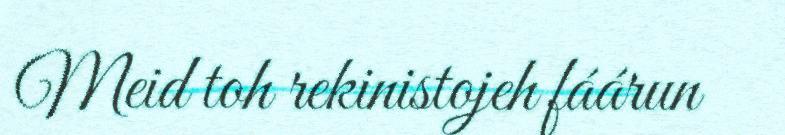
Meid toh rekinistojeh fáárun